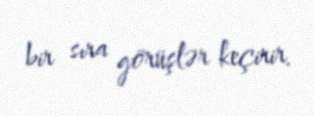
bir sıra görüşlər keçirir.